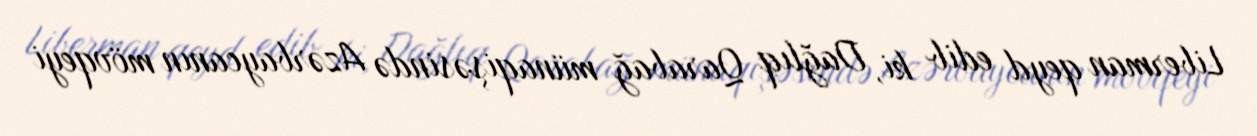
Liberman qeyd edib ki, Dağlıq Qarabağ münaqişəsində Azərbaycanın mövqeyi